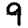
Digit: 9